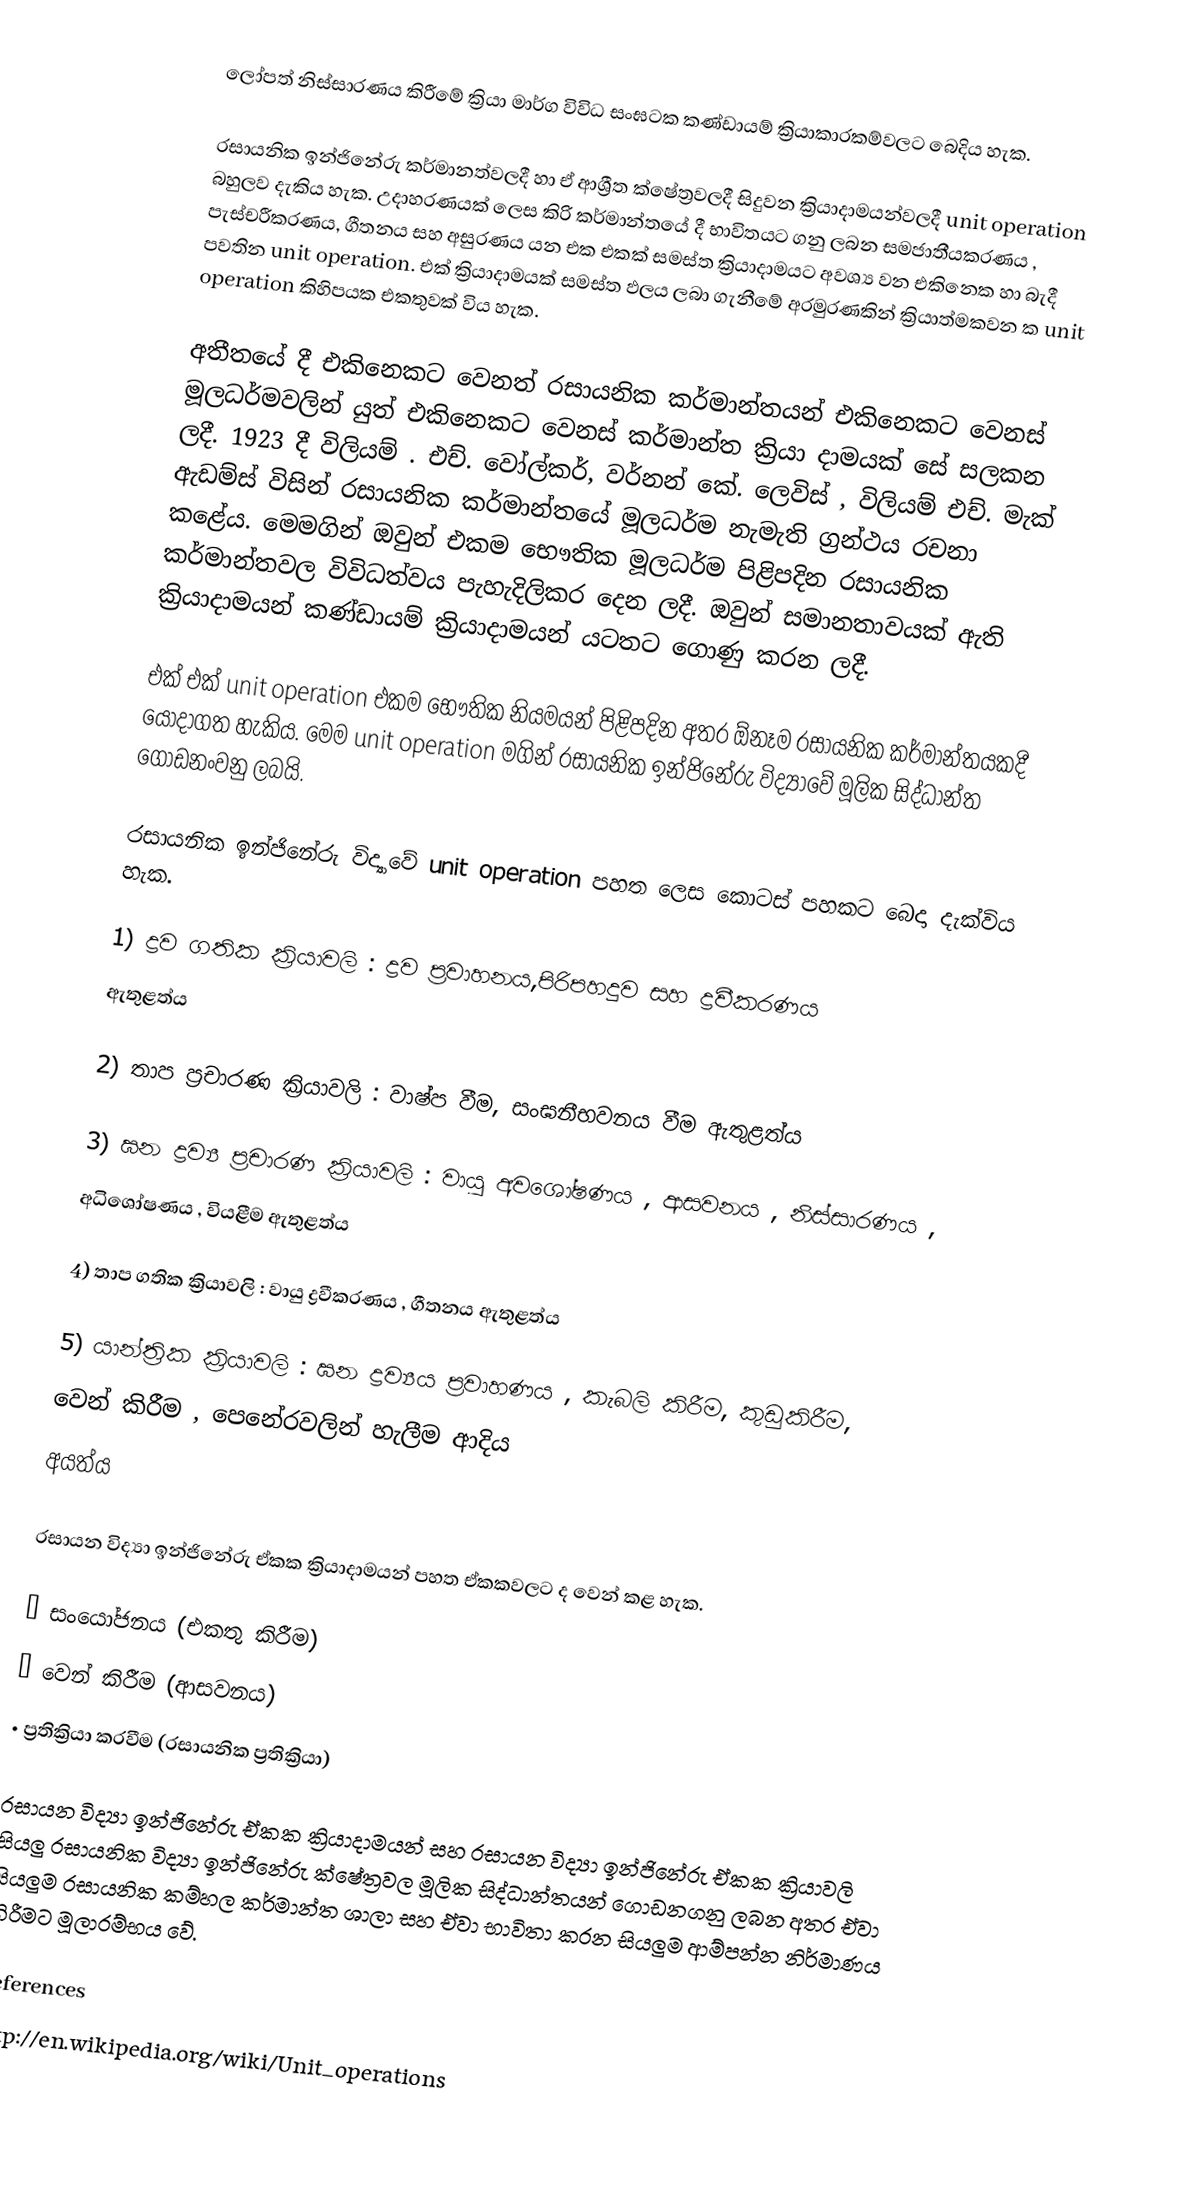
ලෝපත් නිස්සාරණය කිරීමේ ක්‍රියා මාර්ග විවිධ සංඝටක කණ්ඩායම් ක්‍රියාකාරකම්වලට බෙදිය හැක.

‍රසායනික ඉන්ජිනේරු කර්මානත්වලදී හා ඒ ආශ්‍රීත ක්ෂේත්‍රවලදී සිදුවන ක්‍රියාදාමයන්වලදී unit operation බහුලව දැකිය හැක. උදාහරණයක් ලෙස කිරි කර්මාන්තයේ දී භාවිතයට ගනු ලබන සමජාතීයකරණය , පැස්චරීකරණය, ගීතනය සහ අසුරණය යන එක එකක් සමස්ත ක්‍රියාදාමයට අවශ්‍ය වන එකිනෙක හා බැදී පවතින unit operation. එක් ක්‍රියාදාමයක් සමස්ත ඵලය ලබා ගැනීමේ අරමුරණකින් ක්‍රියාත්මකවන ක unit operation කිහිපයක එකතුවක් විය හැක.

අතීතයේ දී එකිනෙකට වෙනත් රසායනික කර්මාන්තයන් එකිනෙකට වෙනස් මූලධර්මවලින් යුත් එකිනෙකට වෙනස් කර්මාන්ත ක්‍රියා දාමයක් සේ සලකන ලදී. 1923 දී විලියම් . එච්. වෝල්කර්, වර්නන් කේ. ලෙවිස් , විලියම් එච්. මැක් ඇඩම්ස් විසින් රසායනික කර්මාන්තයේ මූලධර්ම නැමැති ග්‍රන්ථය රචනා කළේය. මෙමගින් ඔවුන් එකම භෞතික මූලධර්ම පිළිපදින රසායනික කර්මාන්තවල විවිධත්වය පැහැදිලිකර දෙන ලදී. ඔවුන් සමානතාවයක් ඇති ක්‍රියාදාමයන් කණ්ඩායම් ක්‍රියාදාමයන් යටතට ගොණු කරන ලදී.

එක් එක් unit operation එකම භෞතික නියමයන් පිළිපදින අතර ඕනෑම රසායනික කර්මාන්තයකදී යොදාගත හැකිය. මෙම unit operation මගින් රසායනික ඉන්ජිනේරු විද්‍යාවේ මූලික සිද්ධාන්ත ගොඩනංවනු ලබයි.

රසායනික ඉන්ජිනේරු විද්‍යාවේ unit operation පහත ලෙස කොටස් පහකට බෙදා දැක්විය හැක.

 1)	ද්‍රව ගතික ක්‍රියාවලි	             :	ද්‍රව ප්‍රවාහනය,පිරිපහදුව සහ ද්‍රවීකරණය
                                              ඇතුළත්ය

 2)	තාප ප්‍රචාරණ ක්‍රියාවලි		:	වාෂ්ප වීම, සංඝනීභවනය වීම ඇතුළත්ය

 3)	ඝන ද්‍රව්‍ය ප්‍රචාරණ ක්‍රියාවලි	:	වායු අවශෝෂණය , ආසවනය , නිස්සාරණය ,
					අධිශෝෂණය , වියළීම ඇතුළත්ය

 4)	තාප ගතික ක්‍රියාවලි		:	වායු ද්‍රවීකරණය , ගීතනය ඇතුළත්ය

 5)	යාන්ත්‍රික ක්‍රියාවලි		:	ඝන ද්‍රව්‍යය ප්‍රවාහණය , කැබලි කිරීම, කුඩුකිරීම,
						වෙන් කිරීම , පෙනේරවලින් හැලීම ආදිය
						අයත්ය

රසායන විද්‍යා ඉන්ජිනේරු ඒකක ක්‍රියාදාමයන් පහත ඒකකවලට ද වෙන් කළ හැක.

 •	සංයෝජනය (එකතු කිරීම)
 •	වෙන් කිරීම (ආසවනය)
 •	ප්‍රතික්‍රියා කරවීම (රසායනික ප්‍රතික්‍රියා)

රසායන විද්‍යා ඉන්ජිනේරු ඒකක ක්‍රියාදාමයන් සහ රසායන විද්‍යා ඉන්ජිනේරු ඒකක ක්‍රියාවලි සියලු රසායනික විද්‍යා ඉන්ජිනේරු ක්ෂේත්‍රවල මූලික සිද්ධාන්තයන් ගොඩනගනු ලබන අතර ඒවා සියලුම රසායනික කම්හල කර්මාන්ත ශාලා සහ ඒවා භාවිතා කරන සියලුම ආම්පන්න නිර්මාණය කිරීමට මූලාරම්භය වේ.

References
http://en.wikipedia.org/wiki/Unit_operations